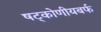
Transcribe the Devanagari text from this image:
षट्कोणीयबर्फ